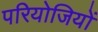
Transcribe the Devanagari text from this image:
परियोजियों